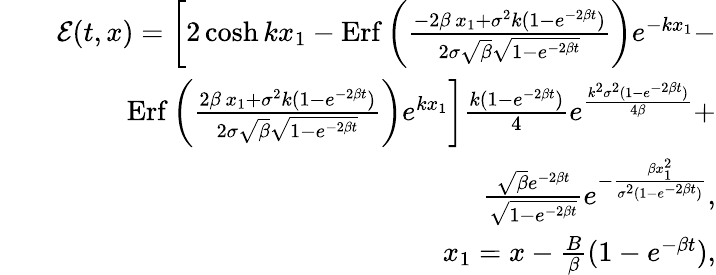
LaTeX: \begin{array}{rlr}&{}&{{\mathcal E}(t,x)=\left[2\cosh kx_{1}-\mathrm{Erf}\left(\frac{-2\beta\, x_{1}+\sigma^{2}k(1-e^{-2\beta t})}{2\sigma\sqrt{\beta}\sqrt{1-e^{-2\beta t}}}\right)e^{-{kx_{1}}}-\right.}\\ &{}&{\left.\mathrm{Erf}\left(\frac{2\beta\, x_{1}+\sigma^{2}k(1-e^{-2\beta t})}{2\sigma\sqrt{\beta}\sqrt{1-e^{-2\beta t}}}\right)e^{kx_{1}}\right]\frac{k(1-e^{-2\beta t})}{4}e^{\frac{k^{2}\sigma^{2}(1-e^{-2\beta t})}{4\beta}}+}\\ &{}&{\frac{\sqrt{\beta}e^{-2\beta t}}{\sqrt{1-e^{-2\beta t}}}e^{-\frac{\beta x_{1}^{2}}{\sigma^{2}(1-e^{-2\beta t})}},}\\ &{}&{x_{1}=x-\frac{B}{\beta}(1-e^{-\beta t}),}\end{array}